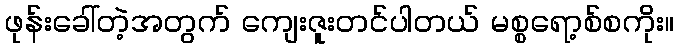
ဖုန်းခေါ်တဲ့အတွက် ကျေးဇူးတင်ပါတယ် မစ္စရော့စ်စကိုး။